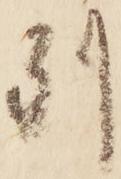
別